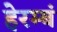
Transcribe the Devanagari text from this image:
हेरम्बं